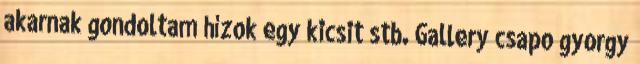
akarnak gondoltam hízok egy kicsit stb. Gallery csapo gyorgy